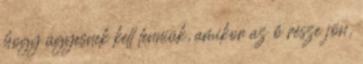
hogy ügyesnek kell lenniük, amikor az ő része jön,